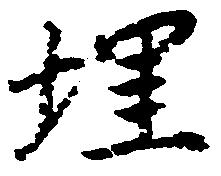
埋